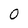
Character: 0